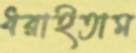
ধরাইতাম